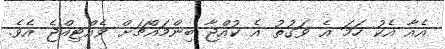
އެއާ އެކު ހަމަ އެ ވަގުތު އެ ކުއްޖާ ބިންމައްޗަށް ވެއްޓިއްޖެ އެވެ.